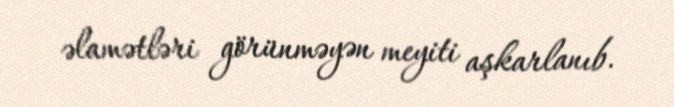
əlamətləri görünməyən meyiti aşkarlanıb.